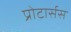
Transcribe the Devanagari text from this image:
प्रोटार्सस